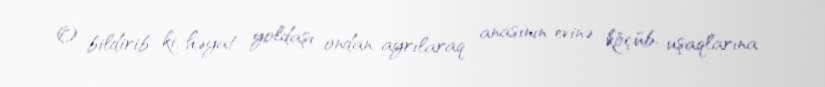
O bildirib ki, həyat yoldaşı ondan ayrılaraq anasının evinə köçüb, uşaqlarına